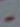
-